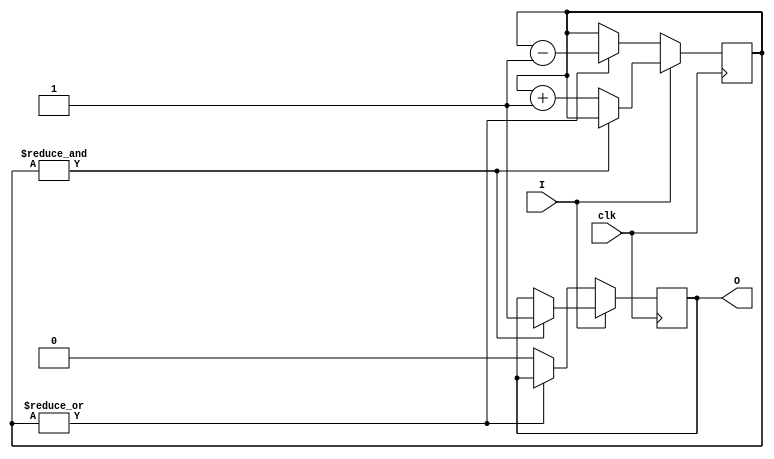
`timescale 1ns / 1ps
//////////////////////////////////////////////////////////////////////////////////
// Company:
// Engineer:
//
// Design Name:
// Module Name:    AntiJitter
// Project Name:
// Target Devices:
// Tool versions:
// Description:
//
// Dependencies:
//
// Revision:
// Revision 0.01 - File Created
// Additional Comments:
//
//////////////////////////////////////////////////////////////////////////////////
module AntiJitter(
    input clk, input I, output reg O
  );
  parameter WIDTH = 20;
  reg [WIDTH-1:0] cnt = 0;

  always @ (posedge clk)
  begin
    if(I)
    begin
      if(&cnt)
        O <= 1'b1;
      else
        cnt <= cnt + 1'b1;
    end
    else
    begin
      if(|cnt)
        cnt <= cnt - 1'b1;
      else
        O <= 1'b0;
    end
  end

endmodule